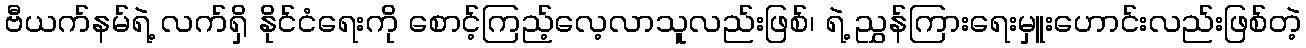
ဗီယက်နမ်ရဲ့ လက်ရှိ နိုင်ငံရေးကို စောင့်ကြည့်လေ့လာသူလည်းဖြစ်၊ ရဲ့ ညွှန်ကြားရေးမှူးဟောင်းလည်းဖြစ်တဲ့